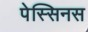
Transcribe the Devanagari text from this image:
पेस्सिनस